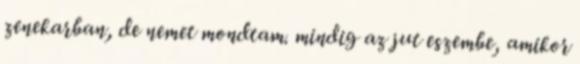
zenekarban, de nemet mondtam. mindig az jut eszembe, amikor